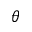
\theta